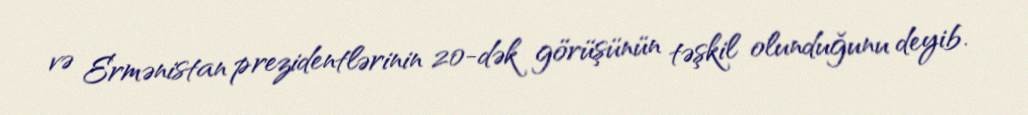
və Ermənistan prezidentlərinin 20-dək görüşünün təşkil olunduğunu deyib.